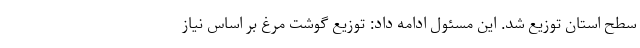
سطح استان توزیع شد. این مسئول ادامه داد: توزیع گوشت مرغ بر اساس نیاز